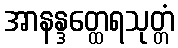
အာနန္ဒတ္ထေရသုတ္တံ